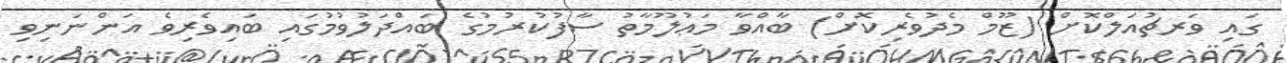
ގައި ވަރޗުއަލްކޮށް (ޒޫމް މެދުވެރިކޮށް) ބާއްވާ މަޢުލޫމާތު ސާފުކުރުމުގެ ބައްދަލުވުމުގައި ބައިވެރިވެ އަންނަނިވި